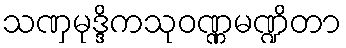
သဏှမုဒ္ဒိကသုဝဏ္ဏမဏ္ဍိတာ